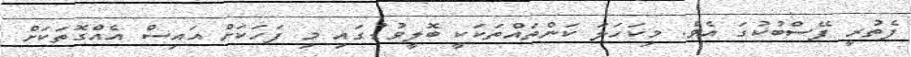
ފެތުރީ ފޭސްބުކުގަ އެވެ. މިކަހަލަ ކަންތައްތަކަކީ ބޮލީވުޑުގައި މި ފަހަކަށް އައިސް އެއްގޮތަކަށް